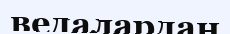
ведалардан